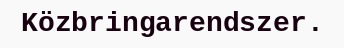
Közbringarendszer.